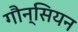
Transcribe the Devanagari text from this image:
गौन्सियन